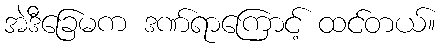
အဲဒီခြေမက ဒဏ်ရာကြောင့် ထင်တယ်။